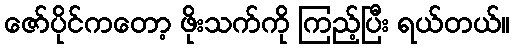
ဇော်ပိုင်ကတော့ ဖိုးသက်ကို ကြည့်ပြီး ရယ်တယ်။